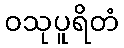
ဝသုပူရိတံ